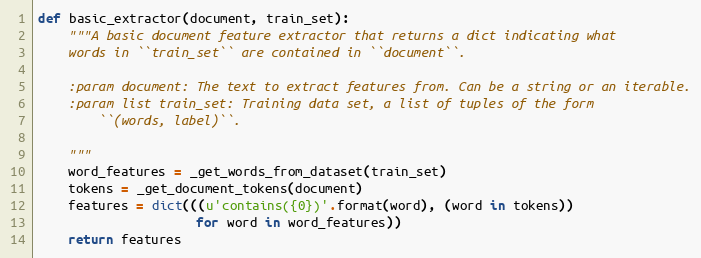
Language: Python
def basic_extractor(document, train_set):
    """A basic document feature extractor that returns a dict indicating what
    words in ``train_set`` are contained in ``document``.

    :param document: The text to extract features from. Can be a string or an iterable.
    :param list train_set: Training data set, a list of tuples of the form
        ``(words, label)``.

    """
    word_features = _get_words_from_dataset(train_set)
    tokens = _get_document_tokens(document)
    features = dict(((u'contains({0})'.format(word), (word in tokens))
                     for word in word_features))
    return features